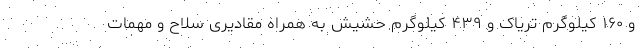
و ۱۶۰ کیلوگرم تریاک و ۴۳۹ کیلوگرم حشیش به همراه مقادیری سلاح و مهمات